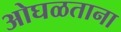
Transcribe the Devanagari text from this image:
ओघळताना